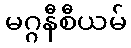
မဂ္ဂနီစီယမ်